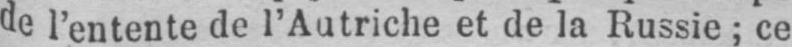
de l’entente de l’Autriche et de la Russie; ce